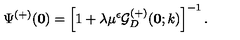
\Psi ^ { ( + ) } ( { \bf 0 } ) = \left[ 1 + \lambda \mu ^ { \epsilon } { \mathcal G } _ { { D } } ^ { ( + ) } ( { \bf 0 } ; k ) \right] ^ { - 1 } .